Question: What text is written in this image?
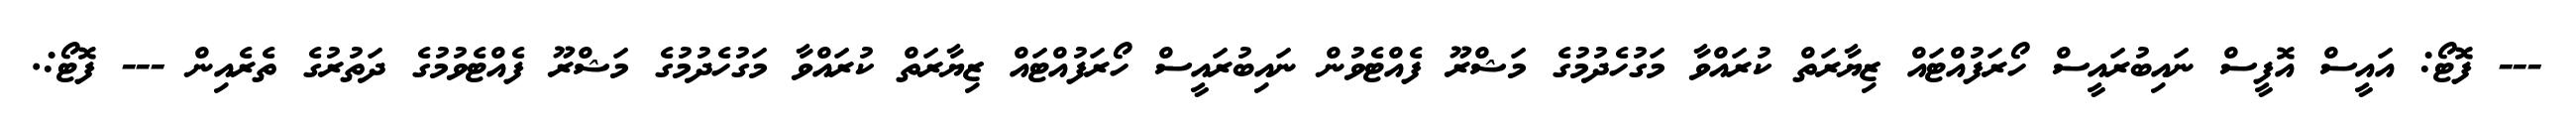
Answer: --- ފޮޓޯ: އައީސް އޮފީސް ނައިބުރައީސް ހޯރަފުއްޓައް ޒިޔާރަތް ކުރައްވާ މަގުހެދުމުގެ މަޝްރޫ ފެއްޓެވުން ނައިބުރައީސް ހޯރަފުއްޓައް ޒިޔާރަތް ކުރައްވާ މަގުހެދުމުގެ މަޝްރޫ ފެއްޓެވުމުގެ ދަތުރުގެ ތެރެއިން --- ފޮޓޯ:.